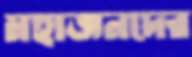
মহাজনদের